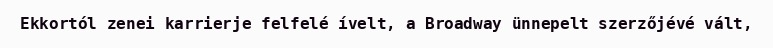
Ekkortól zenei karrierje felfelé ívelt, a Broadway ünnepelt szerzőjévé vált,